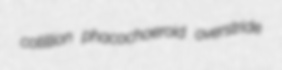
cotillion phacochoeroid overstride